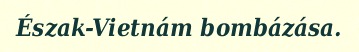
Észak-Vietnám bombázása.